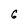
Character: G